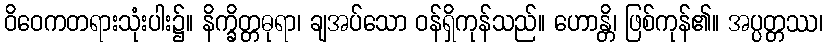
ဝိဝေကတရားသုံးပါး၌။ နိက္ခိတ္တဓုရာ၊ ချအပ်သော ဝန်ရှိကုန်သည်။ ဟောန္တိ၊ ဖြစ်ကုန်၏။ အပ္ပတ္တဿ၊